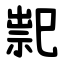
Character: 䄐